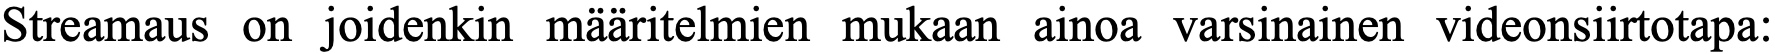
Streamaus on joidenkin määritelmien mukaan ainoa varsinainen videonsiirtotapa: